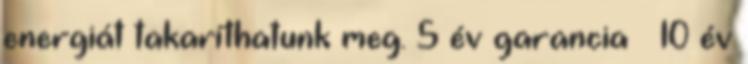
energiát takaríthatunk meg. 5 év garancia – 10 év